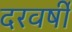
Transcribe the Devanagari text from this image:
दरवर्षी